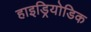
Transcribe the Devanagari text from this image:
हाइड्रियोडिक